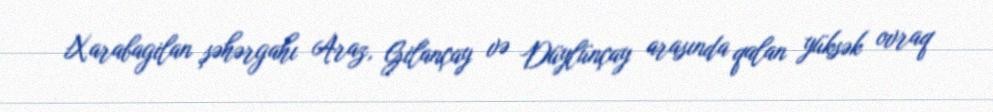
Xarabagilan şəhərgahı Araz, Gilançay və Düylünçay arasında qalan yüksək ovraq